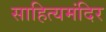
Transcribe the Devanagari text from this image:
साहित्यमंदिर